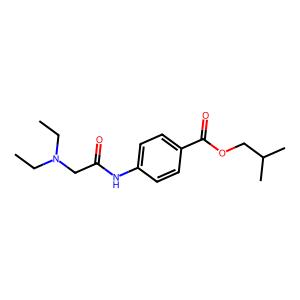
SMILES: CCN(CC)CC(=O)Nc1ccc(C(=O)OCC(C)C)cc1
Inhibits HIV replication: No